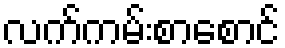
လက်ကမ်းစာစောင်